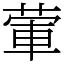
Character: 葷